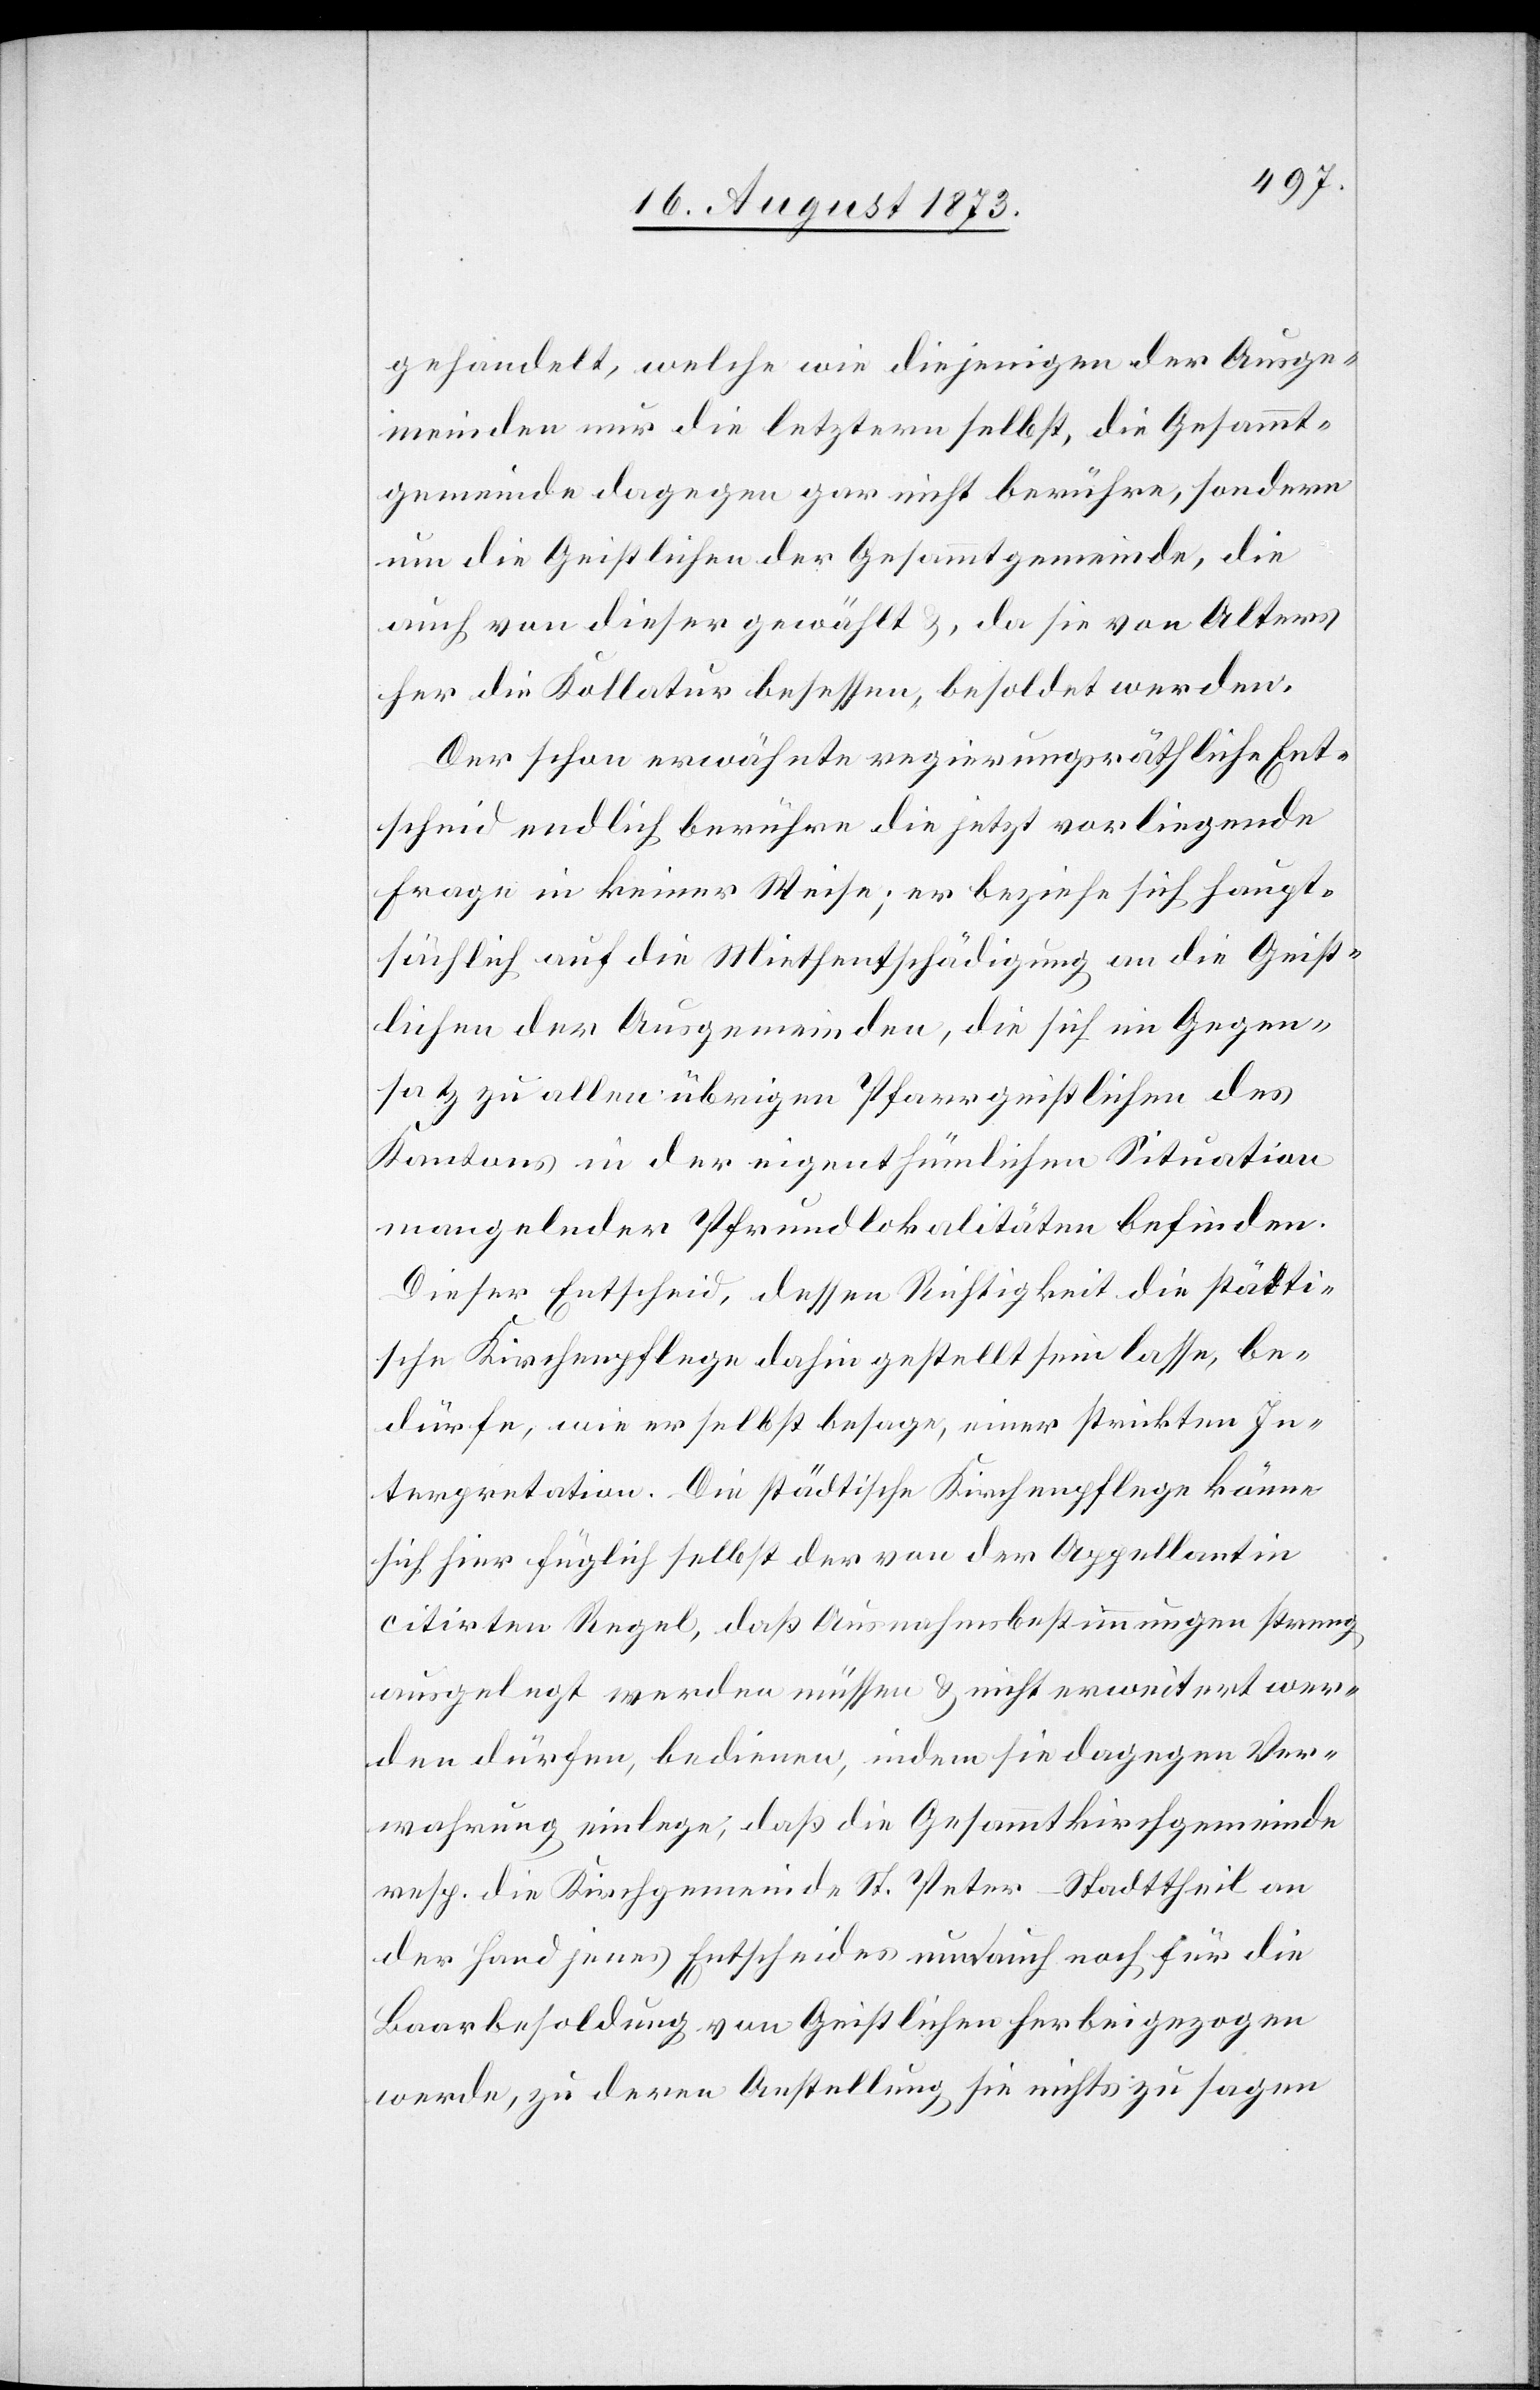
gehandelt, welche wie diejenigen der Ausge¬
meinden nur die letztern selbst, die Gesammt¬
gemeinde dagegen gar nicht berühre, sondern
um die Geistlichen der Gesammtgemeinde, die
auch von dieser gewählt &, da sie von Alters
her die Kollatur besessen, besoldet werden.
Der schon erwähnte regierungsräthliche Ent¬
scheid endlich berühre die jetzt vorliegende
Frage in keiner Weise; er beziehe sich haupt¬
sächlich auf die Miethentschädigung an die Geist¬
lichen der Ausgemeinden, die sich im Gegen¬
satz zu allen übrigen Pfarrgeistlichen des
Kantons in der eigenthümlichen Situation
mangelnder Pfrundlokalitäten befinden.
Dieser Entscheid, dessen Richtigkeit die städti¬
sche Kirchenpflege dahin gestellt sein lasse, be¬
dürfe, wie er selbst besage, einer strickten In¬
terpretation. Die städtische Kirchenpflege könne
sich hier füglich selbst der von der Appellantin
citirten Regel, daß Ausnahmsbestimmungen streng
ausgelegt werden müssen & nicht erweitert wer¬
den dürfen, bedienen, indem sie dagegen Ver¬
wahrung einlege, daß die Gesammtkirchgemeinde
resp. die Kirchgemeinde St. Peter-Stadttheil an
der Hand jenes Entscheides nun auch noch für die
Baarbesoldung von Geistlichen herbeigezogen
werde, zu deren Anstellung sie nichts zu sagen